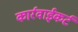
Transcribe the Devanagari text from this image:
कार्रवाईकर्ट